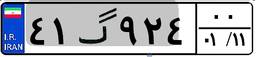
۴۱گ۹۲۴۰۰